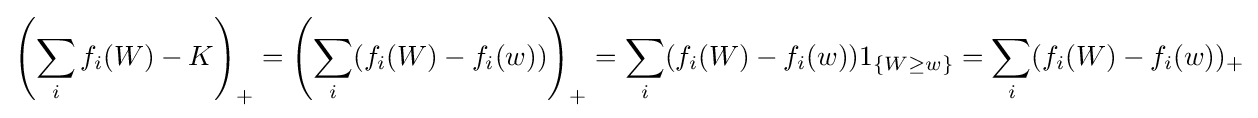
\left(\sum _{i}f_{i}(W)-K\right)_{+}=\left(\sum _{i}(f_{i}(W)-f_{i}(w))\right)_{+}=\sum _{i}(f_{i}(W)-f_{i}(w))1_{\{W\geq w\}}=\sum _{i}(f_{i}(W)-f_{i}(w))_{+}